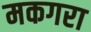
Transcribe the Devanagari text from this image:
मकगरा